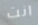
انت